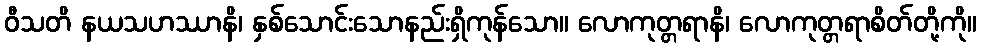
ဝီသတိ နယသဟဿာနိ၊ နှစ်သောင်းသောနည်းရှိကုန်သော။ လောကုတ္တရာနိ၊ လောကုတ္တရာစိတ်တို့ကို။